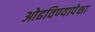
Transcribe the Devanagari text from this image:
ओढविण्यापेक्षा